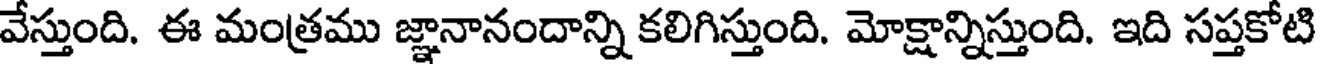
వేస్తుంది. ఈ మంత్రము జ్ఞానానందాన్ని కలిగిస్తుంది. మోక్షాన్నిస్తుంది. ఇది సప్తకోటి